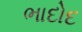
ભાદોદ